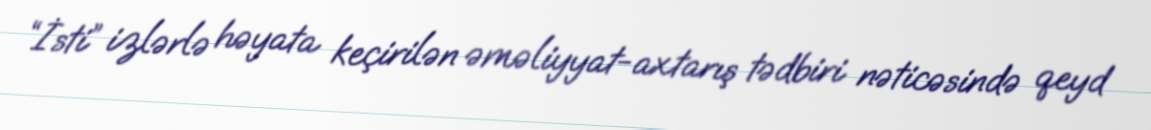
“İsti” izlərlə həyata keçirilən əməliyyat-axtarış tədbiri nəticəsində qeyd